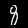
Digit: 8